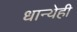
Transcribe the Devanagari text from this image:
धान्येही